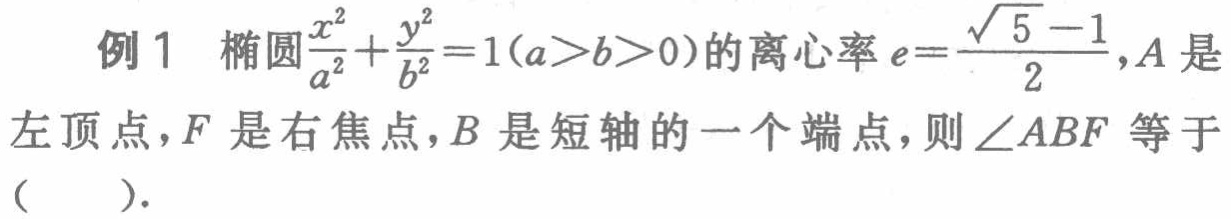
例1 椭圆$\frac{x^{2}}{a^{2}}+\frac{y^{2}}{b^{2}} = 1(a>b>0)$的离心率$e = \frac{\sqrt{5}-1}{2}$，$A$是左顶点，$F$是右焦点，$B$是短轴的一个端点，则$\angle ABF$等于（  ）.